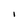
Character: 1